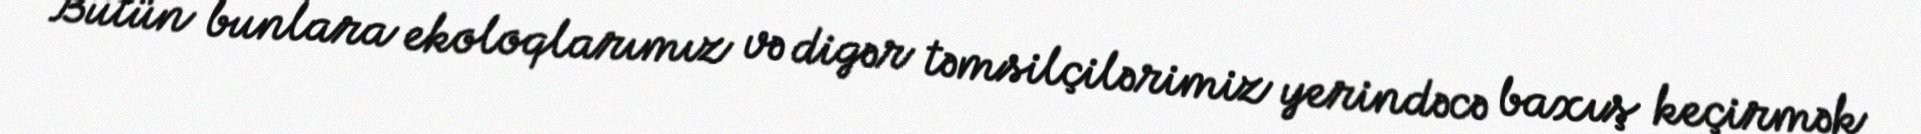
Bütün bunlara ekoloqlarımız və digər təmsilçilərimiz yerindəcə baxış keçirmək